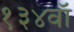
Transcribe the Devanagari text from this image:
१३४वॉ